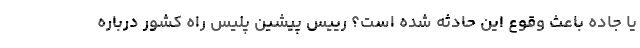
یا جاده باعث وقوع این حادثه شده است؟ رییس پیشین پلیس راه کشور درباره